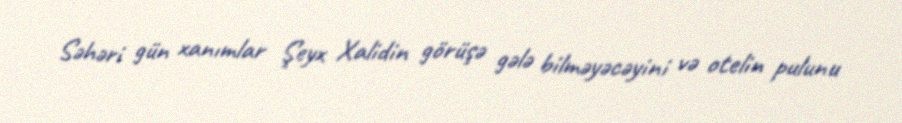
Səhəri gün xanımlar Şeyx Xalidin görüşə gələ bilməyəcəyini və otelin pulunu